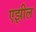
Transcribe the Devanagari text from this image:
एझील